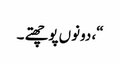
“، دونوں پوچھتے ۔